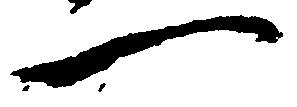
一